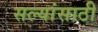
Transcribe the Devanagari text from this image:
सल्यांसाठी